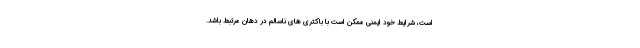
است، شرایط خود ایمنی ممکن است با باکتری های ناسالم در دهان مرتبط باشد.